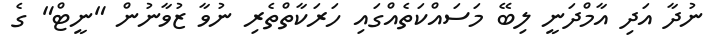
ނުދާ އަދި އާމްދަނީ ލިބޭ މަސައްކަތެއްގައި ހަރަކާތްތެރި ނުވާ ޒުވާނުން "ނީޓް" ގެ